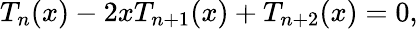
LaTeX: T_{n}(x)-2xT_{n+1}(x)+T_{n+2}(x)=0,